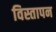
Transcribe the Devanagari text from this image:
विस्तापन